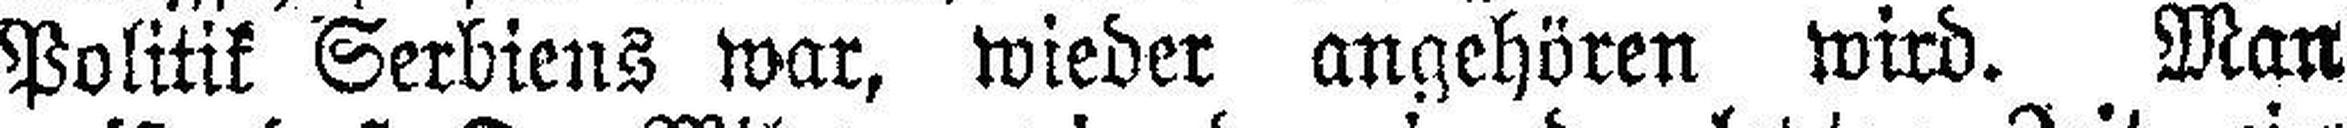
Politik Serbiens war, wieder angehören wird. Man